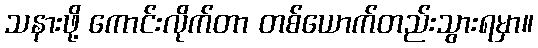
သနားဖို့ ကောင်းလိုက်တာ တစ်ယောက်တည်းသွားရမှာ။